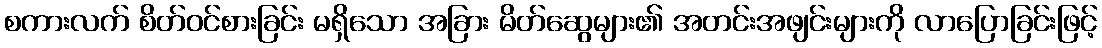
စကားလက် စိတ်ဝင်စားခြင်း မရှိသော အခြား မိတ်ဆွေများ၏ အတင်းအဖျင်းများကို လာပြောခြင်းဖြင့်